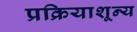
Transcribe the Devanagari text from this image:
प्रक्रियाशून्‍य